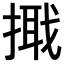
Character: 𢲦